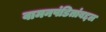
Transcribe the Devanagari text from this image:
वामनपंडितांबद्दल